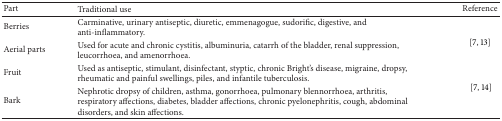
| Part | Traditional use | Reference |
 | --- | --- | --- |
 | Berries | Carminative, urinary antiseptic, diuretic, emmenagogue, sudorific, digestive, and anti-inflammatory. | <ROWSPAN=2> [7, 13] |
 | Aerial parts | Used for acute and chronic cystitis, albuminuria, catarrh of the bladder, renal suppression, leucorrhoea, and amenorrhoea. |
 | Fruit | Used as antiseptic, stimulant, disinfectant, styptic, chronic Bright's disease, migraine, dropsy, rheumatic and painful swellings, piles, and infantile tuberculosis. | <ROWSPAN=2> [7, 14] |
 | Bark | Nephrotic dropsy of children, asthma, gonorrhoea, pulmonary blennorrhoea, arthritis, respiratory affections, diabetes, bladder affections, chronic pyelonephritis, cough, abdominal disorders, and skin affections. |